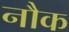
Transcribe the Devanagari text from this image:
नौक